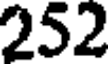
252